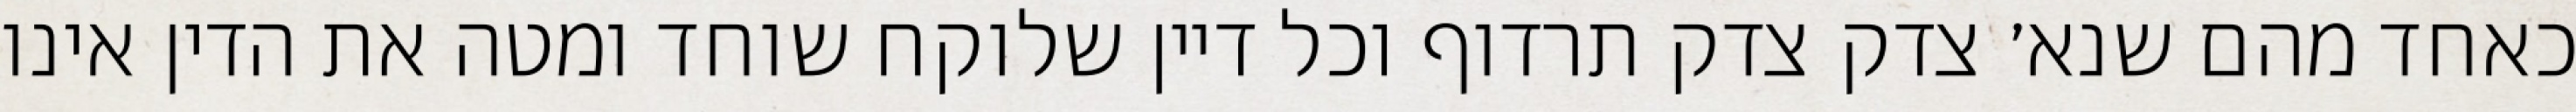
כאחד מהם שנא׳ צדק צדק תרדוף וכל דיין שלוקח שוחד ומטה את הדין אינו